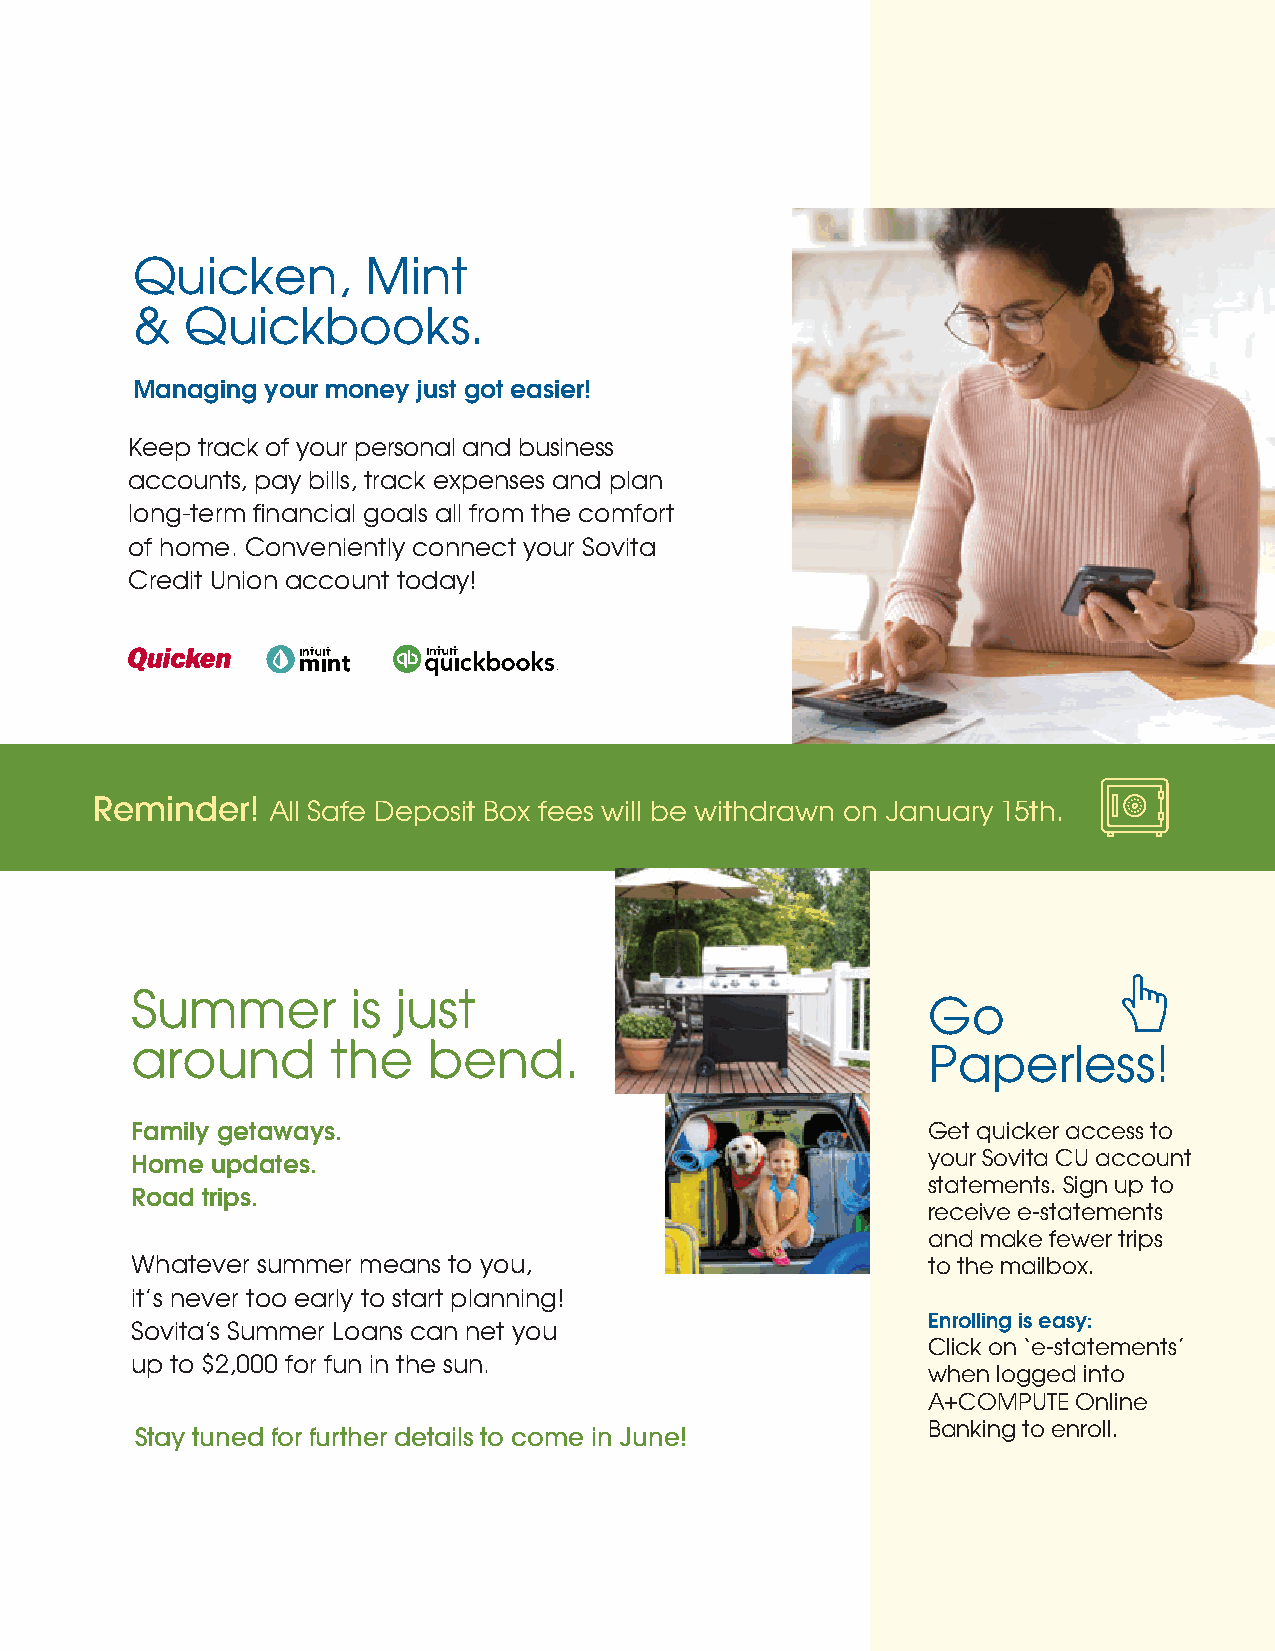
Quicken,       Mint
 &  Quickbooks.
 Managing your money just got easier!
 Keep track of your personal and business
 accounts, pay bills, track expenses and plan
 long-term financial goals all from the comfort
 of home. Conveniently connect your Sovita
 Credit Union account today!
 Reminder!   All Safe Deposit Box fees will be withdrawn on January 15th.
 Summer        is just
 Go
 around       the   bend.                            Paperless!
 Family getaways.                                    Get quicker access to
 your Sovita CU account
 Home updates.
 statements. Sign up to
 Road trips.
 receive e-statements
 and make fewer trips
 Whatever summer means to you,                       to the mailbox.
 it’s never too early to start planning!
 Enrolling is easy:
 Sovita’s Summer Loans can net you
 Click on ‘e-statements’
 up to $2,000 for fun in the sun.
 when logged into
 A+COMPUTE Online
 Banking to enroll.
 Stay tuned for further details to come in June!